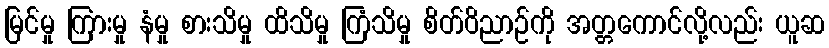
မြင်မှု ကြားမှု နံမှု စားသိမှု ထိသိမှု ကြံသိမှု စိတ်ဝိညာဉ်ကို အတ္တကောင်လို့လည်း ယူဆ